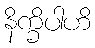
နိက္ခိပါဟိ